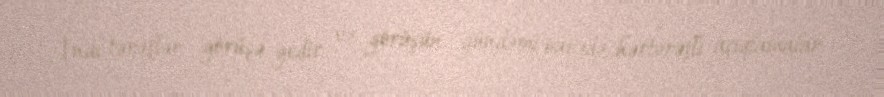
İndi tərəflər görüşə gedir və görüşün gündəmi barədə hərtərəfli açıqlamalar